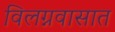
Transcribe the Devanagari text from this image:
विलग्नवासात